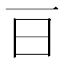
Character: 𣄼